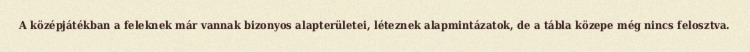
A középjátékban a feleknek már vannak bizonyos alapterületei, léteznek alapmintázatok, de a tábla közepe még nincs felosztva.